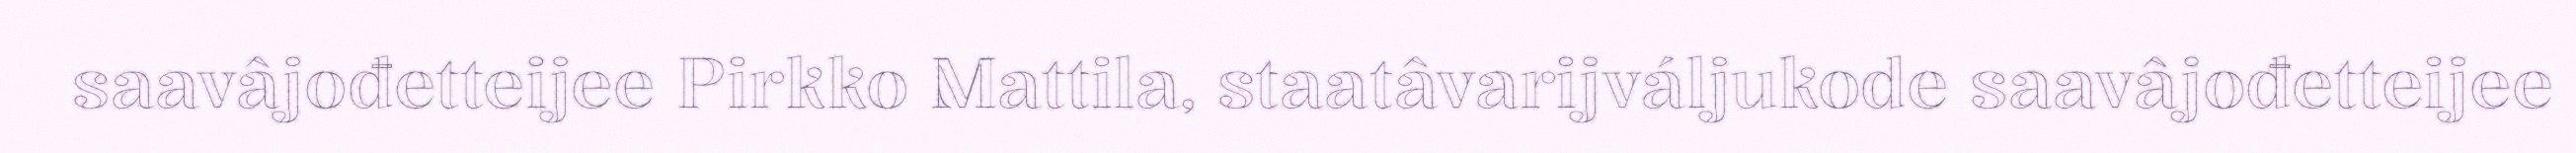
saavâjođetteijee Pirkko Mattila, staatâvarijváljukode saavâjođetteijee